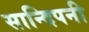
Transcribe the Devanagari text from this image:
सान्दिपनी